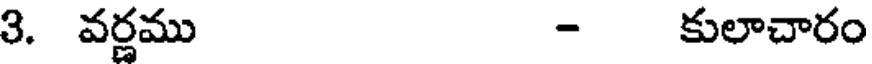
3. వర్ణము - కులాచారం